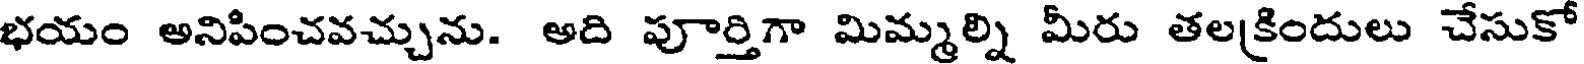
భయం అనిపించవచ్చును. అది పూర్తిగా మిమ్మల్ని మీరు తలకిందులు చేసుకో